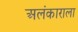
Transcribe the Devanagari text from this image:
अलंकाराला